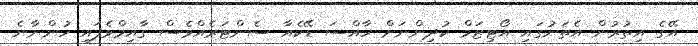
އޭގެ އިތުރުން އެތަނުގައި އޯޓިޒަމް ކުދިންނަށް ހާއްސަ ޑޭކެއާ ސެންޓަރެއްވެސް ގާއިމްވެފައި ހުންނާނެ